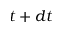
t + d t